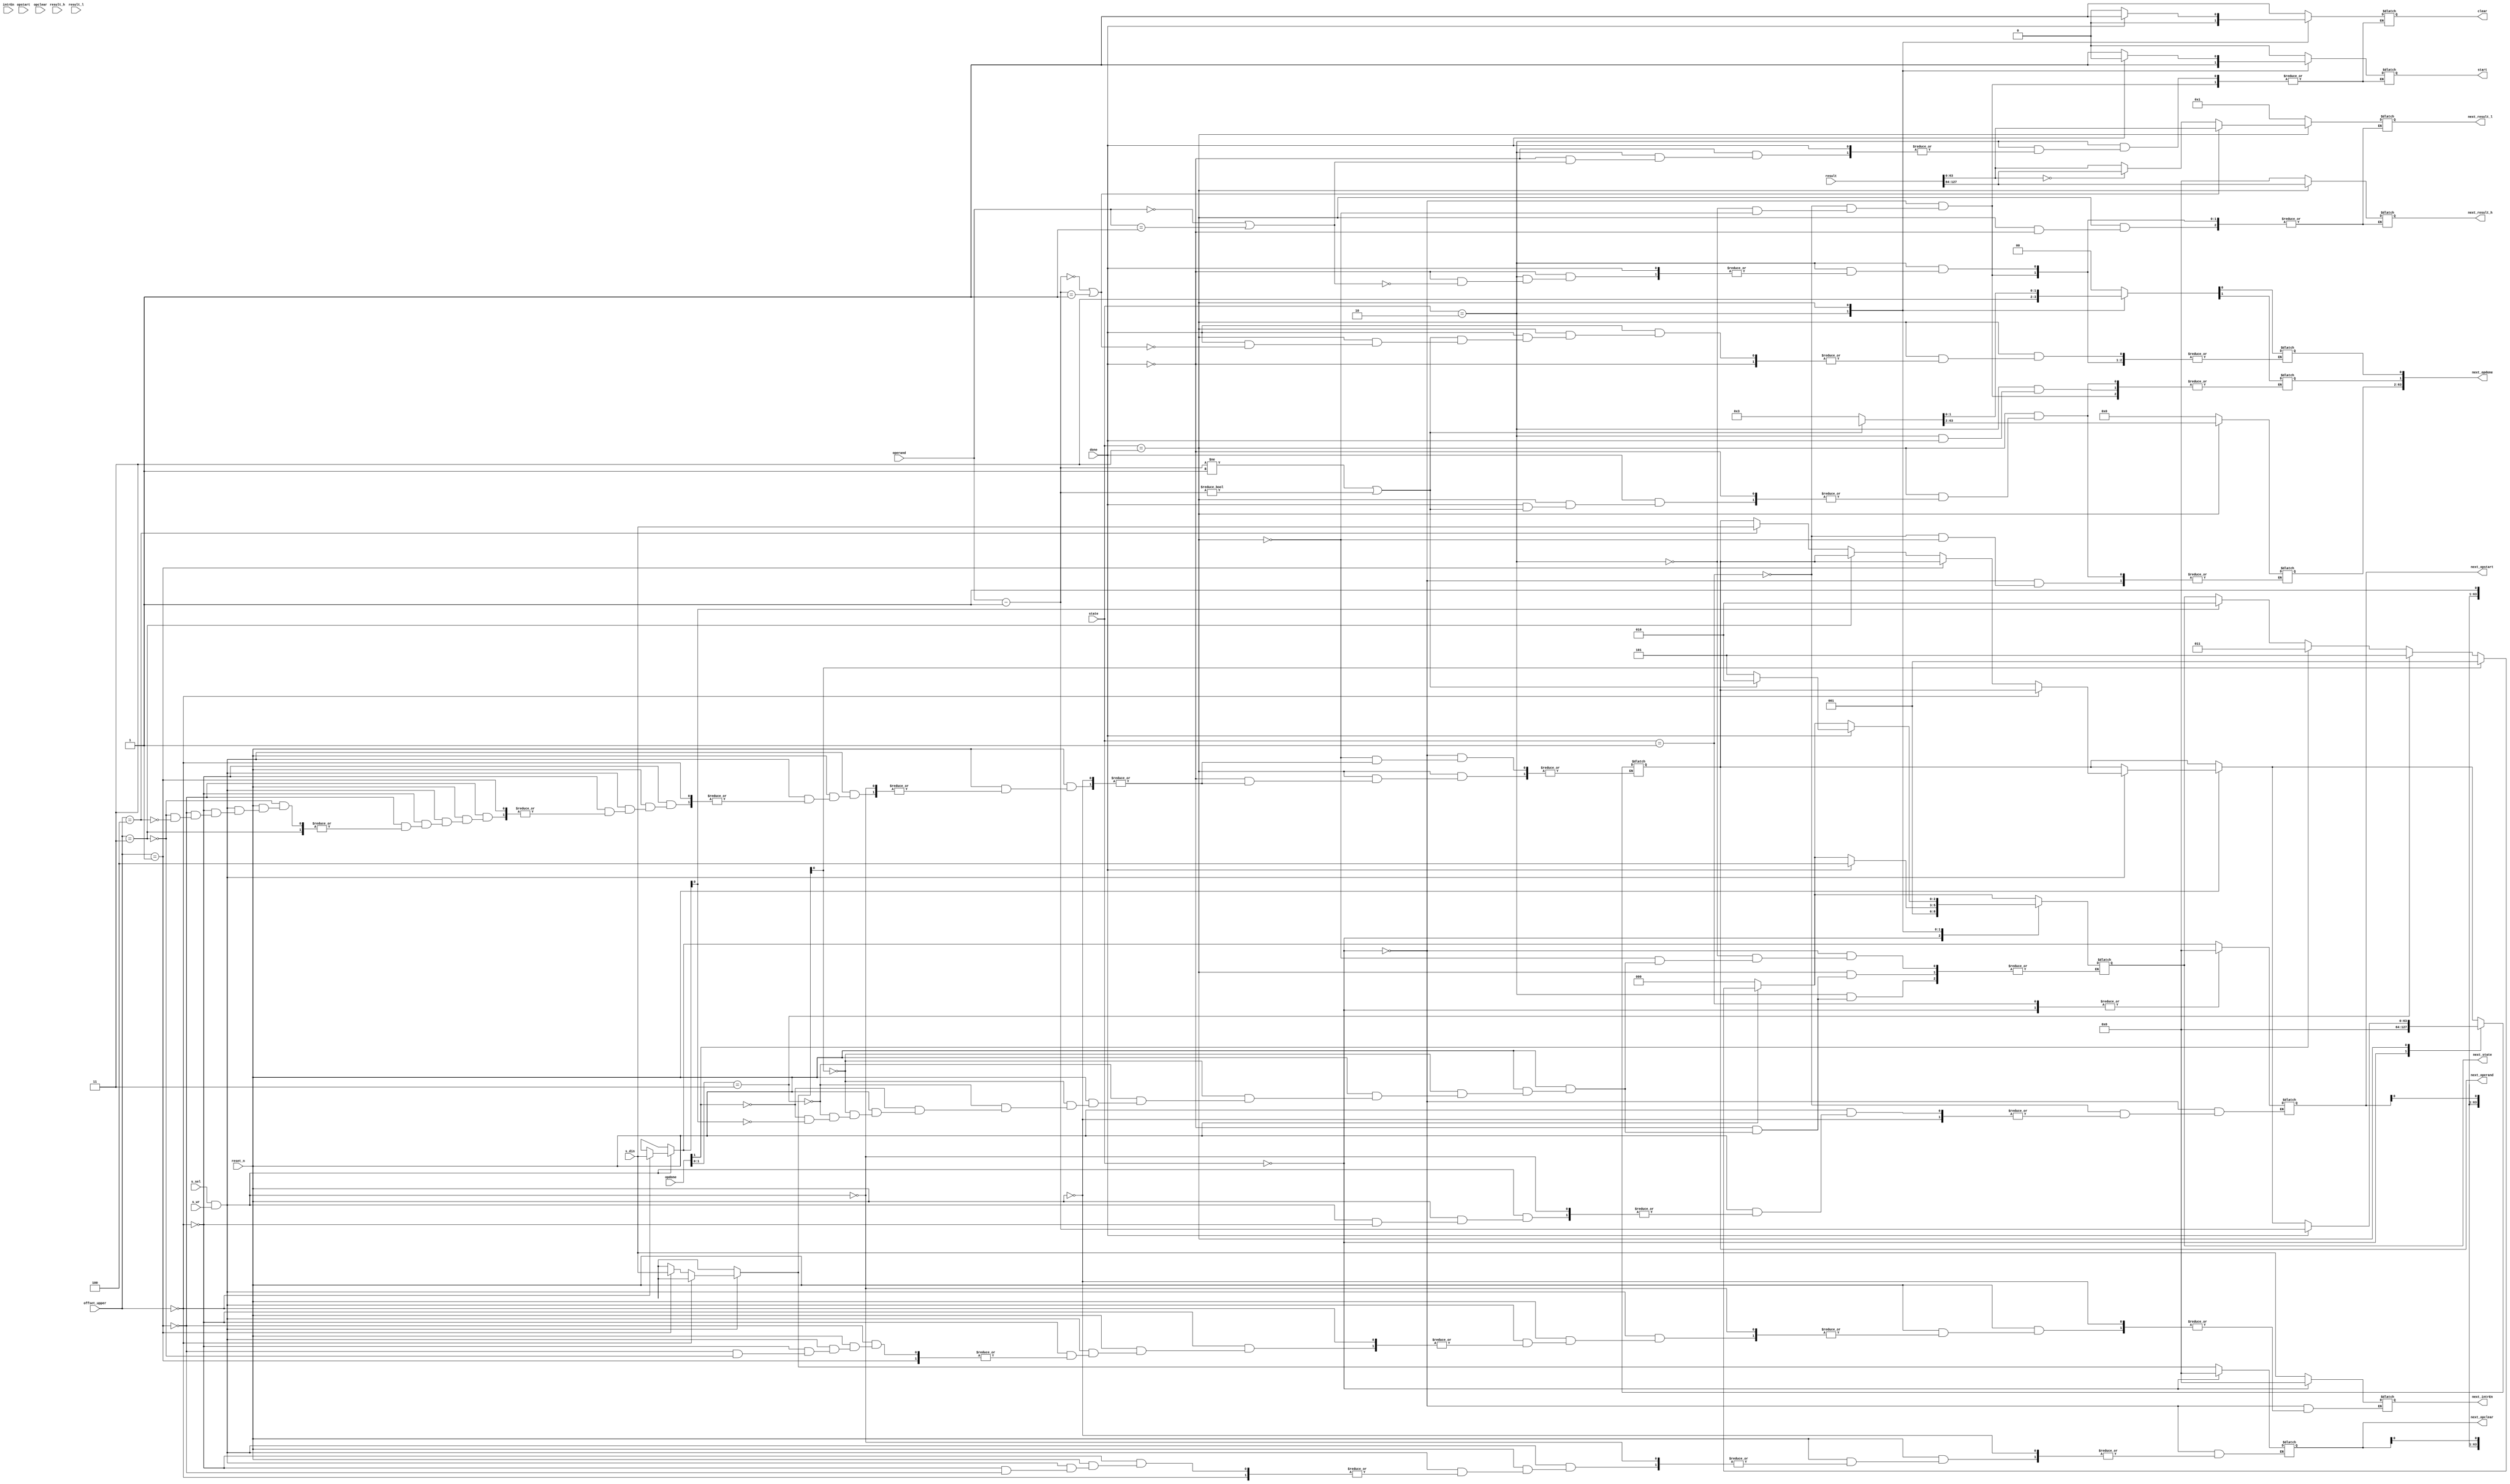
module FactoCntr(s_sel, s_wr, s_din, state, start, clear, done, 
					opstart, opclear, opdone, intrEn, operand, result_h, result_l, result,
					next_opstart, next_opclear, next_opdone, next_intrEn, next_state, next_result_h, next_result_l, next_operand,
					offset_upper, reset_n);

	// input ports & output ports
	input s_sel, s_wr, done, reset_n;
	input [2:0] state;
	input [63:0] s_din, opstart, opclear, opdone, intrEn, operand, result_h, result_l;
	input [4:0] offset_upper;
	
	input [127:0] result;
	
	output reg start, clear;
	output reg [2:0] next_state;
	output reg [63:0] next_opstart, next_opclear, next_opdone, next_intrEn, next_result_h, next_result_l, next_operand;
	
	// parameters 
	parameter INIT = 3'b000;
	parameter CLEAR = 3'b001;
	parameter START = 3'b010;
	parameter DOING1 = 3'b011;
	parameter DOING2 = 3'b100;
	parameter DONE = 3'b101;
	
	//always @ (s_sel, s_wr, offset_upper, s_din, reset_n, done) begin
	always @ (*) begin
		if(reset_n == 1'b0) next_state = INIT;
		else begin
			// address decoder of the factorial core
			if(s_sel && s_wr) begin
				if(offset_upper == 5'h0) next_opstart = s_din;
				else if (offset_upper == 5'h1) next_opclear = s_din;
				else if (offset_upper == 5'h3) next_intrEn = s_din;
				else if (offset_upper == 5'h4) next_operand = s_din;
			end
			
			// next_state
			if(next_opclear[0]) next_state = CLEAR; // clear
			else begin
				if(opdone[1:0] == 2'b11) next_state = DONE;
				else if(opdone[1]) next_state = DOING1;
				else if(next_opstart[0]) next_state = START; // start
			end
		end
		
	
		case(state)
			INIT: begin	// init state
				start = 1'b0;
				clear = 1'b1;
				next_opstart = 64'b0;
				next_operand = 64'b0;
				next_result_l = 64'b1;
				next_result_h = 64'b0;
				next_opdone = 64'b0;
				next_intrEn = 64'h00;
				next_state <= CLEAR;
				next_opclear = 64'h00;
			end
			CLEAR: begin	// clear state
				start = 1'b0;
				clear = 1'b1;
				next_result_l = 64'b1;
				next_result_h = 64'b0;
				next_opdone = 64'b0;
				//next_opclear = 64'b0;
				next_opstart = 64'b0;
			end
			START: begin	// start state
				if(done) next_state <= DOING2;
				else begin
					next_opdone[1] = 1'b1;
					if(operand == 64'b0 || operand == 64'b1) begin // exception when operand is 0 (0!)
						next_opdone[0] = 1'b1;
						next_result_h = 64'b0;
						next_result_l = 64'b1;
					end
					else begin
						clear = 1'b0;
						start = 1'b1;
					end
				end
			end
			DOING1: begin	// doing state
				if(done) begin // end multiplication operator
					clear = 1;
					start = 0;
					next_operand = operand - 1;
					next_result_h = result[127:64];
					next_result_l = result[63:0];
					if(next_operand == 64'b0 || next_operand == 64'b1) next_opdone[0] = 1'b1;
					else begin 
						//if(result_l == 64'b0) next_result_l = result_h;
						if(result[63:0] == 64'b0) next_result_l = result[127:64];
					end
					
					if(next_operand != 64'b1 || next_operand != 64'b0) next_state <= START; // 
					else begin
						next_state <= DONE;
						next_opdone = 2'b11;
					end
				end
				else begin
					clear = 0;
					start = 1;
				end
			end
			DOING2: begin
			
			end
			DONE: begin
			
			end
		endcase
	end

endmodule